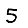
Digit: 5